Sanitation, dispensaries and jails vaccination Rajputana 1922-1927 - 1922-1927
Year: 1922
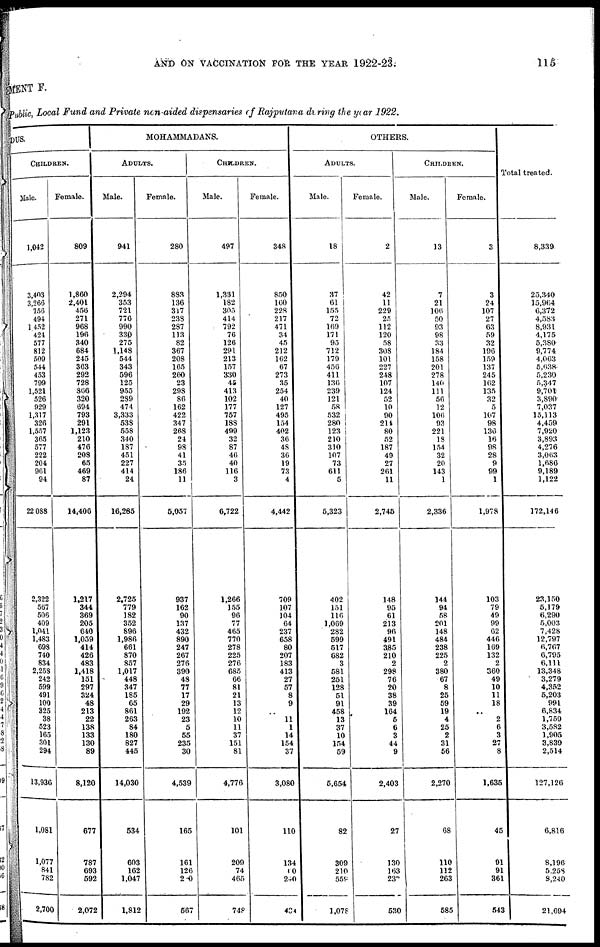
AND ON VACCINATION FOR THE YEAR 1922-23.
115
MENT F.
Public, Local Fund and Private non-aided dispensaries of Rajputana during the year 1922.
DUS.
CHILDREN.
Male.
1,042
3,403
3,266
756
494
1,452
424
577
812
509
544
453
799
1,521
526
929
1,317
326
1,557
365
577
222
204
961
94
22 088
2,322
567
506
409
1,041
1,483
693
740
834
2,258
242
599
491
100
325
38
523
165
301
294
13,936
1,081
1,077
841
782
2,700
Female.
809
1,860
2,401
456
271
968
196
340
684
245
363
292
728
306
320
694
793
291
1,123
210
476
208
65
469
87
14,400
1,217
344
369
205
640
1,059
414
426
483
1,418
151
297
324
48
213
22
138
133
130
89
8,120
677
787
693
592
2,072
MOHAMMADANS.
ADULTS.
Male.
941
2,294
353
721
776
990
330
275
1,148
544
343
596
125
955
289
474
3,333
538
558
340
187
451
227
414
24
16,285
2,725
779
182
352
896
1,986
661
870
857
1,017
448
347
185
65
861
263
84
180
827
445
14,030
534
603
162
1,047
1,812
Female.
280
833
136
317
238
287
113
82
367
208
165
260
23
298
86
162
422
347
268
24
98
41
35
186
11
5,057
937
162
90
137
432
890
247
267
276
390
48
77
17
29
192
23
5
55
235
30
4,539
165
161
126
280
567
CHILDREN.
Male.
497
1,331
182
305
414
792
76
126
291
213
157
330
45
413
102
177
757
188
499
32
87
46
40
116
3
6,722
1,266
155
96
77
465
770
278
225
276
685
66
81
21
13
12
10
11
37
151
81
4,776
101
209
74
465
748
Female.
348
850
160
228
217
471
34
45
212
162
67
273
35
254
40
127
495
154
402
36
48
36
19
73
4
4,442
709
107
104
64
237
658
80
207
183
413
27
57
8
9
..
11
1
14
154
37
3,080
110
134
60
240
434
OTHERS.
ADULTS.
Male.
18
37
61
155
72
169
171
95
712
179
456
411
136
239
121
58
532
280
123
210
310
107
73
611
5
5,323
402
151
116
1,069
282
599
617
682
3
581
251
128
51
91
458
13
37
10
154
59
5,654
82
309
210
559
1,078
Female.
2
42
11
229
25
112
120
58
308
101
227
248
107
124
52
10
90
214
80
52
187
49
27
261
11
2,745
148
95
61
213
96
491
385
210
2
298
76
20
38
39
164
6
6
3
44
9
2,403
27
130
163
237
530
CHILDREN.
Male.
13
7
21
106
50
93
98
33
184
158
201
278
140
111
56
12
106
93
221
18
154
32
20
143
1
2,336
144
94
58
201
148
484
238
225
2
380
67
8
25
59
19
4
25
2
31
56
2,270
68
110
112
263
585
Female.
3
3
24
107
27
63
59
32
196
159
137
245
162
135
32
5
107
98
136
16
98
28
9
99
1
1,978
103
79
49
99
62
446
169
132
2
360
49
10
11
18
..
2
6
3
27
8
1,635
45
91
91
361
543
Total treated.
8,339
25,340
15,964
6,372
4,583
8,931
4,175
5,380
9,774
4,063
5,038
5,230
5,347
8,701
3,890
7,037
15,113
4,459
7,920
3,893
4,276
3,063
1,686
9,189
1,122
172,146
23,150
5,179
6,290
5,003
7,428
12,797
6,767
6,795
6,111
13,348
3,279
4,352
5,203
991
6,854
1,759
3,582
1,905
3,859
2,514
127,126
6,816
8,196
5,258
8,240
21,694